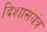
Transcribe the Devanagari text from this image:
दिशासंयंत्र